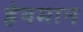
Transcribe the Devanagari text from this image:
हेयमान